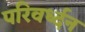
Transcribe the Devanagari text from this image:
परिवर्ध्दन